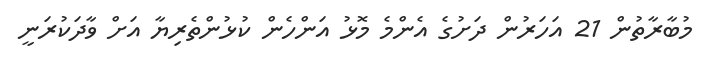
މުބާރާތުން 21 އަހަރުން ދަށުގެ އެންމެ މޮޅު އަންހެން ކުޅުންތެރިޔާ އަށް ވާދަކުރަނީ